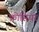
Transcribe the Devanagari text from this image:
क्रोसियर